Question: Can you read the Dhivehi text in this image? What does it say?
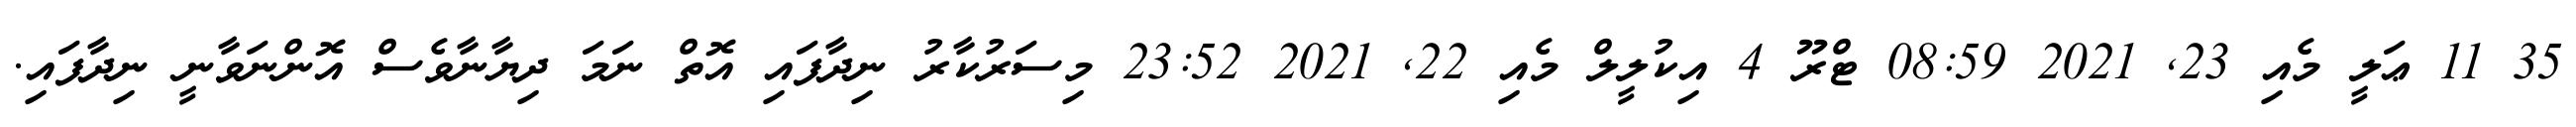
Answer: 35 11 ޢަލީ މެއި 23, 2021 08:59 ޓްރޫ 4 އިކުލީލް މެއި 22, 2021 23:52 މިސަރުކާރު ނިދާފައި އޮތް ނަމަ ދިޔާނާވެސް އޮންނަވާނީ ނިދާފައި.